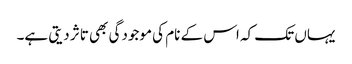
یہاں تک کہ اس کے نام کی موجودگی بھی تاثر دیتی ہے۔